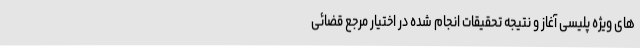
های ویژه پلیسی آغاز و نتیجه تحقیقات انجام شده در اختیار مرجع قضائی